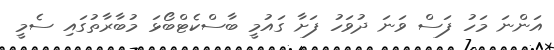
އަންނަ މަހު ފަސް ވަނަ ދުވަހު ފަށާ ގައުމީ ބާސްކެޓްބޯޅަ މުބާރާތުގައި ސެމީ